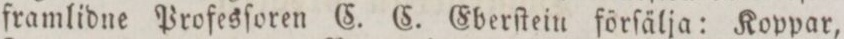
framlidne Profesſoren C. C. Eberſtein förſälja: Koppar,